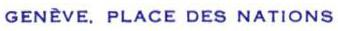
GENÈVE. PLACE DES NATIONS